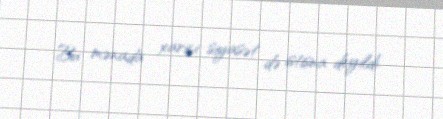
Bu mənada xarici siyasət də istisna deyildi.